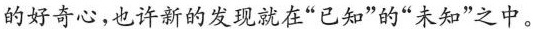
的好奇心，也许新的发现就在”已知”的”未知”之中。